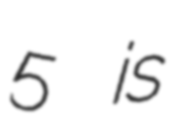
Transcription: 5 is